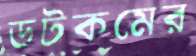
ডটকমের